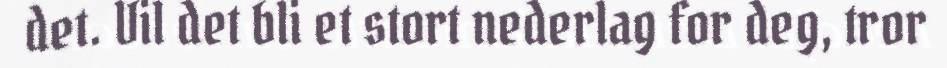
det. Vil det bli et stort nederlag for deg, tror